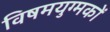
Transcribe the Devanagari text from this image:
विषमयुग्मकों